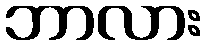
ဘာလား